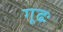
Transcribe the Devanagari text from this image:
गूढः